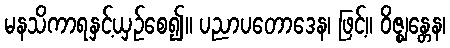
မနသိကာရနှင့်ယှဉ်စေ၍။ ပညာပတောဒေန၊ ဖြင့်။ ဝိဇ္ဈန္တေန၊